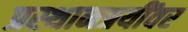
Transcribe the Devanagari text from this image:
प्रस्थानत्रयींवर